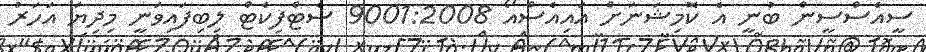
ސީއެސްސީން ބުނީ އެ ކޮމިޝަނަށް އައިއެސްއޯ 9001:2008 ސެޓްފިކެޓް ލިބިފައިވަނީ މިދިޔަ އަހަރު